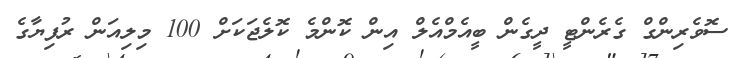
ސޮވެރިންގް ގެރެންޓީ ދީގެން ބީއެމްއެލް އިން ކޮންމެ ކޮލެޖަކަށް 100 މިލިއަން ރުފިޔާގެ